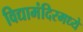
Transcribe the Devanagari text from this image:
विद्यामंदिरमध्ये